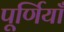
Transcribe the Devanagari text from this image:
पूर्णियाँ